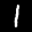
Label: 1